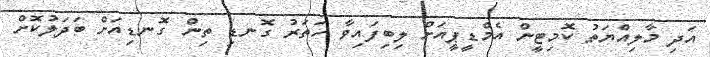
އަދި މާލިއްޔަތު ކޮމިޓީން އެމްޑީޕީއަށް ލިބިފައިވާ ހަތަރު ގޮނޑި ތިން ގޮނޑިއަށް ބަދަލުކޮށް